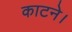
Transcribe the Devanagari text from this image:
काटने।